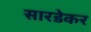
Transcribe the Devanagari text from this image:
सारडेकर